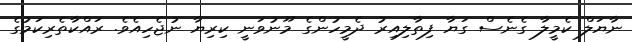
ނާޔަލް ކެމީލާ ގެނެސް ގަޔާ ފިތާލިއިރު ދެމީހުންގެ މޫނުވަނީ ކިރިޔާ ނުޖެހިއެވެ. ރައްކާތެރިކަމުގެ